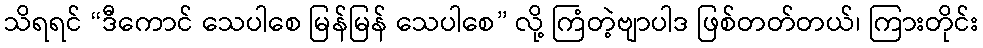
သိရရင် “ဒီကောင် သေပါစေ မြန်မြန် သေပါစေ” လို့ ကြံတဲ့ဗျာပါဒ ဖြစ်တတ်တယ်၊ ကြားတိုင်း